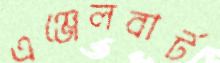
এঞ্জেলবার্ট